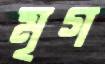
মৃগ